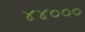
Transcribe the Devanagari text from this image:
४४०००